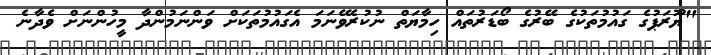
"ޔޫރަޕުގެ ގައުމުތަކުގެ ބޭރުގެ ބޯޑަރުތައް ހިމާޔަތް ނުކުރެވޭނަމަ އެގައުމުތަކަށް ވަންނަމުންދާ މީހުންނަށް ވެދާނެ